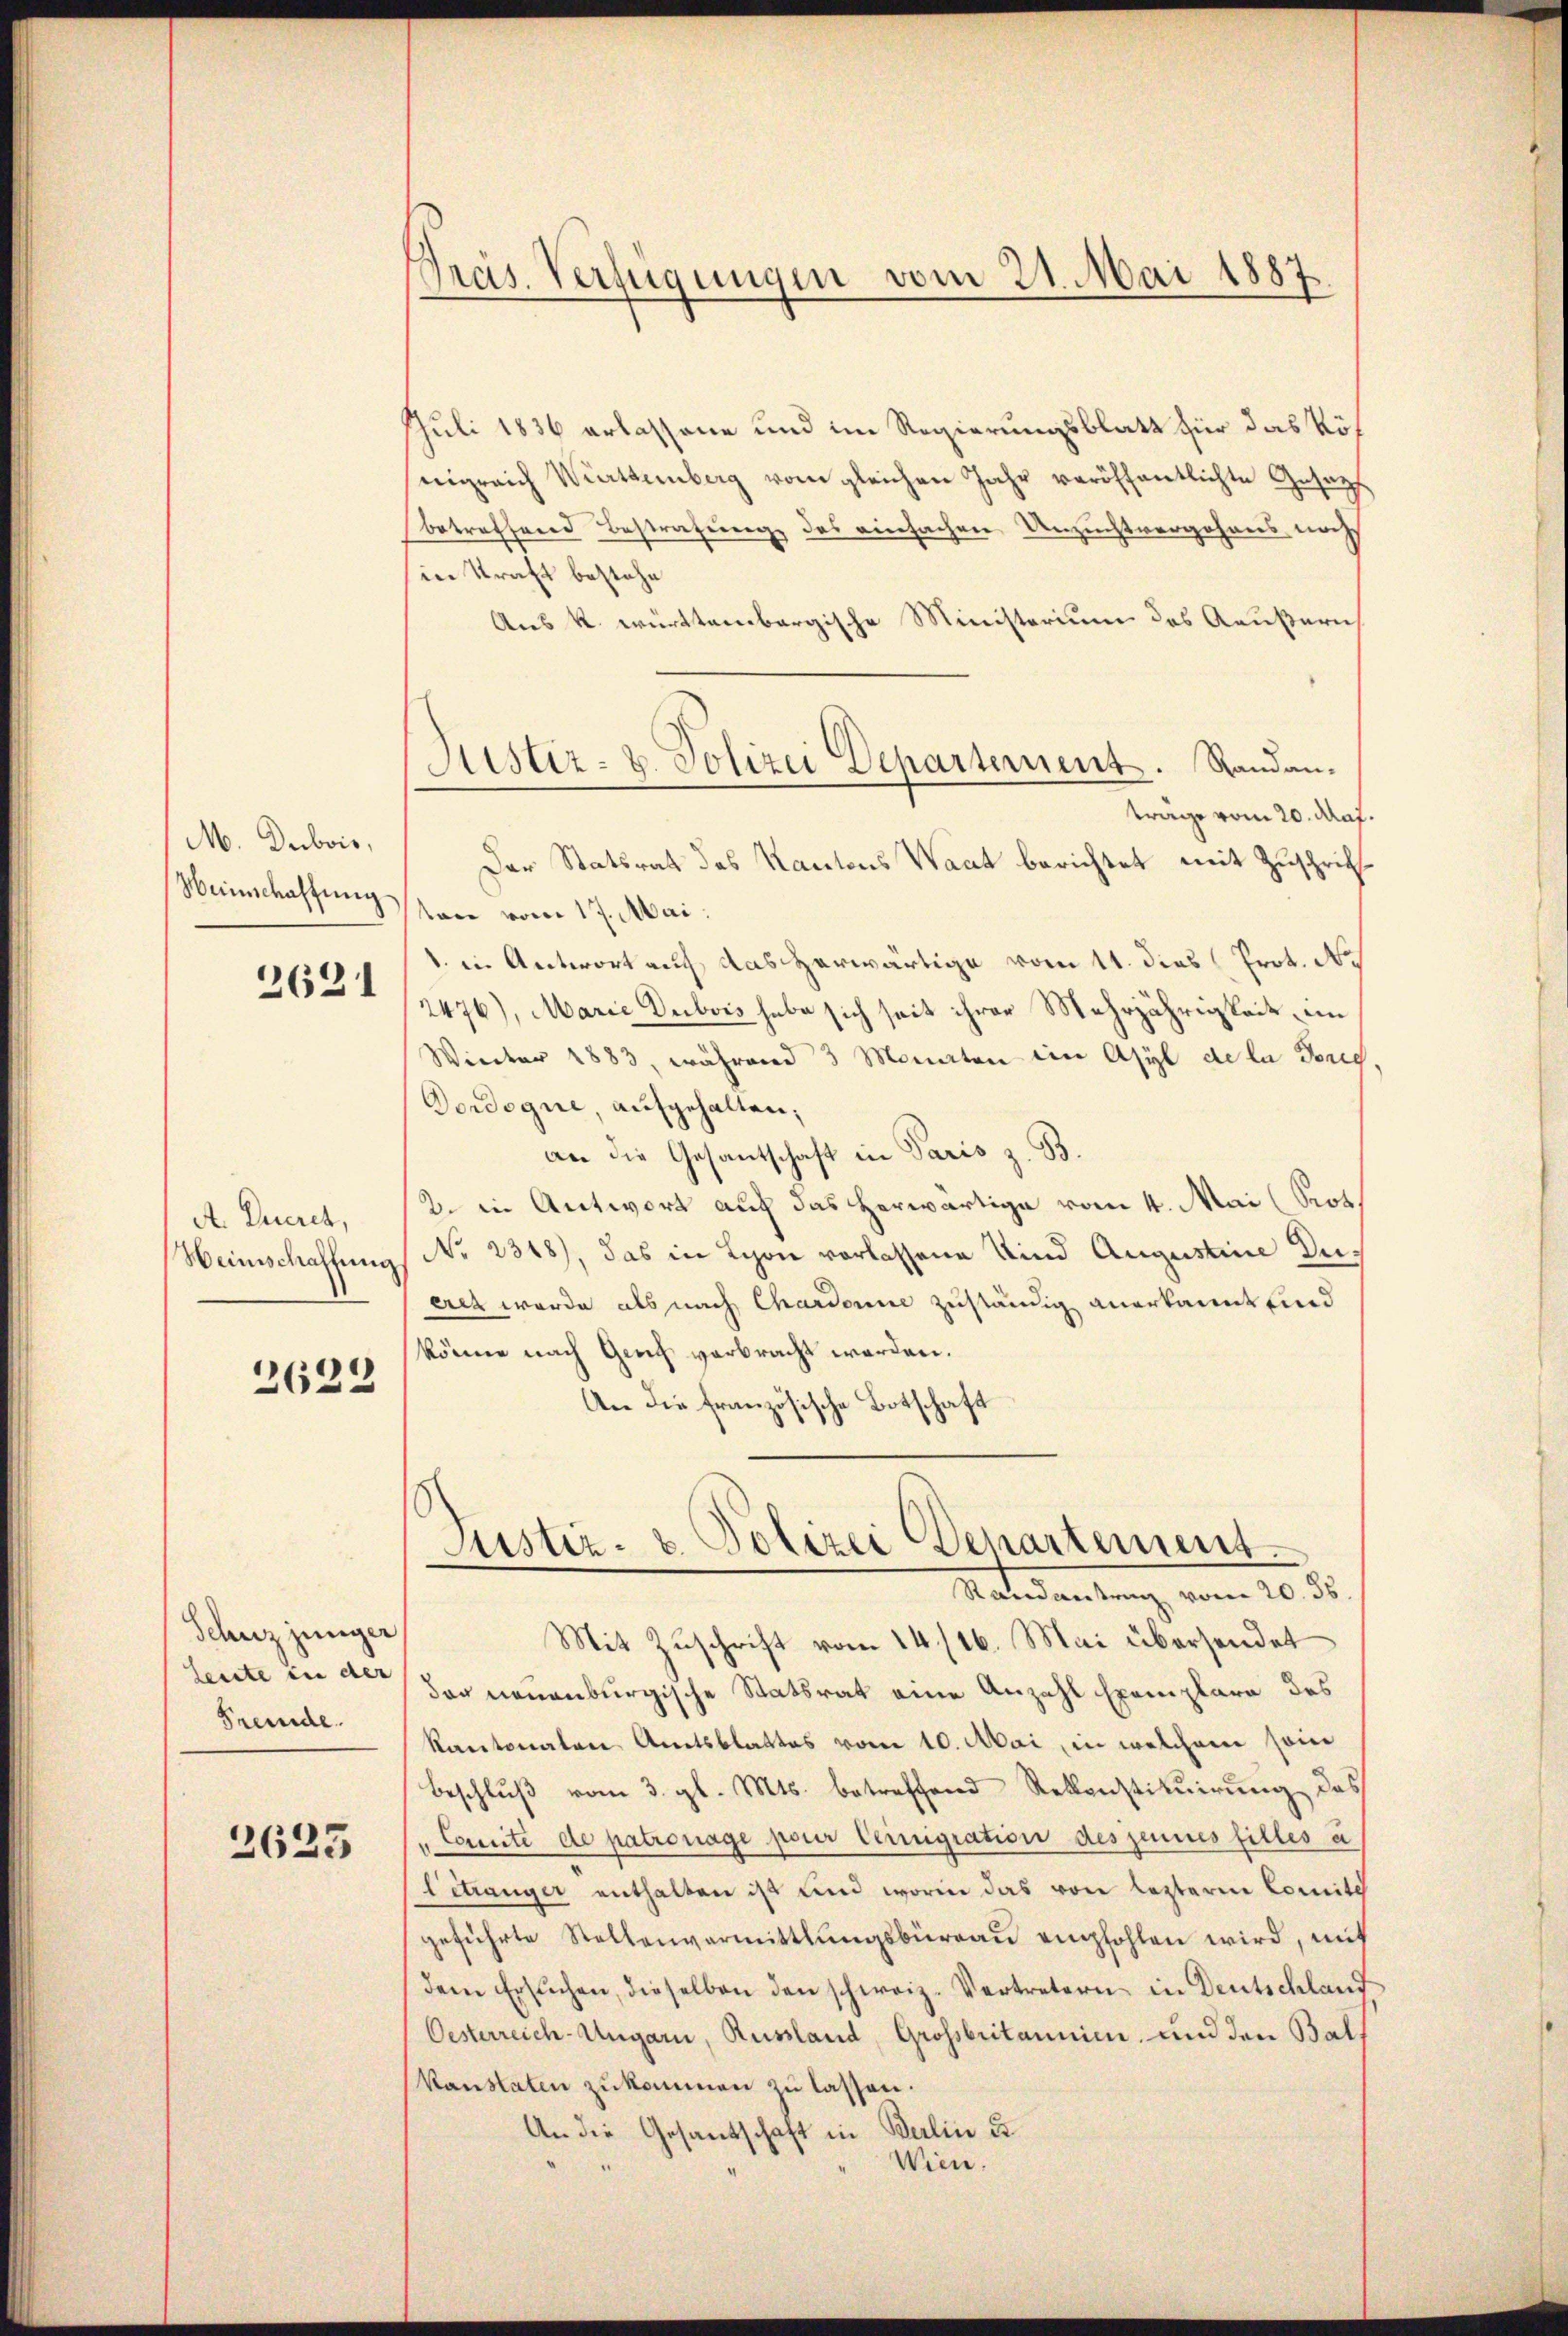
M. Dubois,
Heimschaffung
2621

A. Eueret,
Weinschaffung

2622

Schniz jünger
leute in der
Fremde.

2623

Präs. Verfügungen vom 21. Mai 1887.

Juli 1836 erlassene und im Regierungsblatt für das Kös
nigreich Württemberg vom gleichen Jahr veröffentlichte Gesetzt
betreffend Bestrafung des einfachen Unzuchtvergehens noch
in Kraft bestehe
Aus k. württembergische Ministerium des Aeußern
träge vom 20. Maj.
Der Statsrat des Kantons Waat berichtet mit Zuschrift
ton vom 17. Mai.
1. in Antwort auf das herwärtige vom 11. dies Prot. No
2476), Marie Dubois habe sich seit ihrer Mehrjährigkeit, in
Winter 1883, während 3 Monaten im Asyl de la Porec
Dordogue, aufgehalten,
an die Gesantschaft in Paris z. B.
2. in Antwort auf das herwärtige vom 4. Mai (Proth
No. 2318), das in Schon vorlassene Kind Augustine Dieret werde als nach Chardonne zuständig anerkannt sind
könne nach Genf verbracht werden.
An die französische Botschaft
Justiz- & Polizei Departement.
Mater antung vom 20. d.
Mit Zuschrift vom 14/16. Mai übersendet
das neuenburgische Statsrat eine Anzahl Exemplare des
Kantonalen Amtsblattes vom 10. Mai, in welchem sein
Beschluß vom 3. gl. Mts. betreffend Rekonstituirung des
"Coscrite de patronage pour Cernigration des jeunes filles a
Betranger enthalten ist und worin das von lezterne Comite
geführte Stellenvermittlungsbüreaŭ empfohlen wird, mit
dem Ersŭchen, dieselben den schweiz. Vertretern in Deutschland
Oesterreich-Ungarn, Russland, Grossbritannie, und den Bals
kanstaten zukommen zu lassen.
An die Gesandschaft in Berlin u.
Wien.

Justiz- u. Polizei Departement. Randan¬